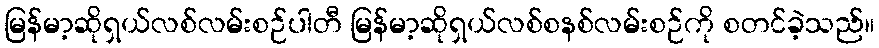
မြန်မာ့ဆိုရှယ်လစ်လမ်းစဉ်ပါတီ မြန်မာ့ဆိုရှယ်လစ်စနစ်လမ်းစဉ်ကို စတင်ခဲ့သည်။